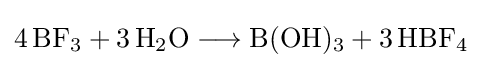
{4\,\mathrm {BF} {\vphantom {A}}_{\smash[{t}]{3}}{}+{}3\,\mathrm {H} {\vphantom {A}}_{\smash[{t}]{2}}\mathrm {O} {}\mathrel {\longrightarrow } {}\mathrm {B} (\mathrm {OH} ){\vphantom {A}}_{\smash[{t}]{3}}{}+{}3\,\mathrm {HBF} {\vphantom {A}}_{\smash[{t}]{4}}}